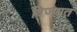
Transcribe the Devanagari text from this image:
विजयत